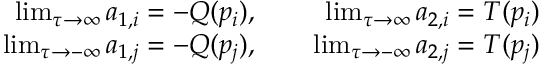
\begin{array} { r l r } { \operatorname* { l i m } _ { \tau \to \infty } a _ { 1 , i } = - Q ( p _ { i } ) , } & { } & { \, \operatorname* { l i m } _ { \tau \to \infty } a _ { 2 , i } = T ( p _ { i } ) } \\ { \operatorname* { l i m } _ { \tau \to - \infty } a _ { 1 , j } = - Q ( p _ { j } ) , } & { } & { \, \operatorname* { l i m } _ { \tau \to - \infty } a _ { 2 , j } = T ( p _ { j } ) } \end{array}